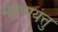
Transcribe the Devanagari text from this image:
मेइप्पयत्तु